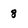
Character: 8